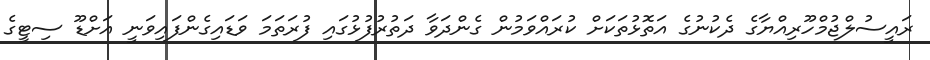
ރައީސުލްޖުމްހޫރިއްޔާގެ ދެކުނުގެ އަތޮޅުތަކަށް ކުރައްވަމުން ގެންދަވާ ދަތުރުފުޅުގައި ފުރަތަމަ ވަޑައިގެންފައިވަނީ އަށްޑޫ ސިޓީގެ